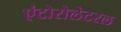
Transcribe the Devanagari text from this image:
एंटोरोलेटरल